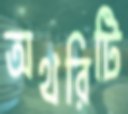
অথরিটি